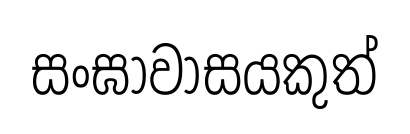
සංඝාවාසයකුත්